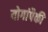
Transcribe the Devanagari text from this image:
योगांपैकी